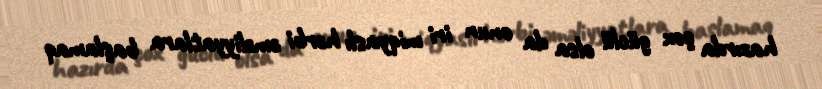
hazırda çox güclü olsa da onun iri miqyaslı hərbi əməliyyatlara başlamaq